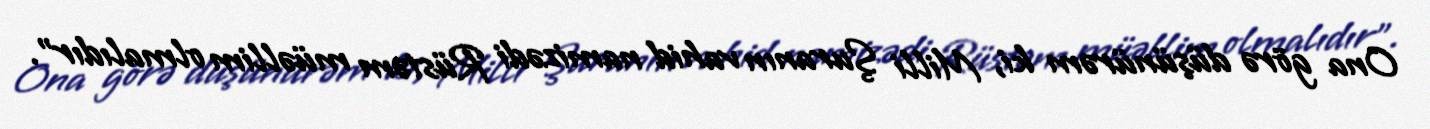
Ona görə düşünürəm ki, Milli Şuranın vahid namizədi Rüstəm müəllim olmalıdır”.